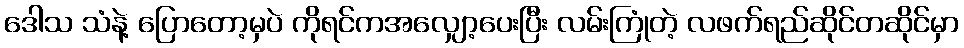
ဒေါသ သံနဲ့ ပြောတော့မှပဲ ကိုရင်ကအလျှော့ပေးပြီး လမ်းကြုံတဲ့ လဖက်ရည်ဆိုင်တဆိုင်မှာ